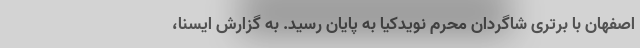
اصفهان با برتری شاگردان محرم نویدکیا به پایان رسید. به گزارش ایسنا،